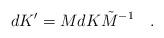
LaTeX: \begin{align*}dK' = M d K \tilde{M}^{-1} \quad .\end{align*}